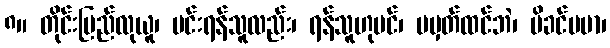
၈။ တိုင်းပြည်လုယူ၊ မင်းရန်သူလည်း၊ ရန်သူဟုပင်၊ မမှတ်ထင်ဘဲ၊ မိခင်ပမာ၊